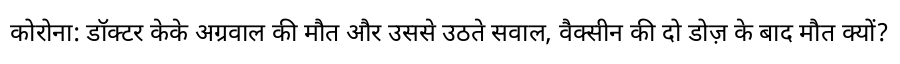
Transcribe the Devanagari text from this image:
कोरोना: डॉक्टर केके अग्रवाल की मौत और उससे उठते सवाल, वैक्सीन की दो डोज़ के बाद मौत क्यों?